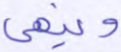
وينهى